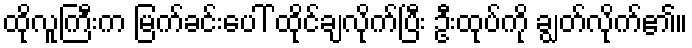
ထိုလူကြီးက မြက်ခင်းပေါ် ထိုင်ချလိုက်ပြီး ဦးထုပ်ကို ချွတ်လိုက်၏။